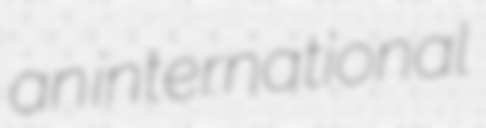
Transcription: an international